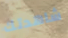
شاهدتك